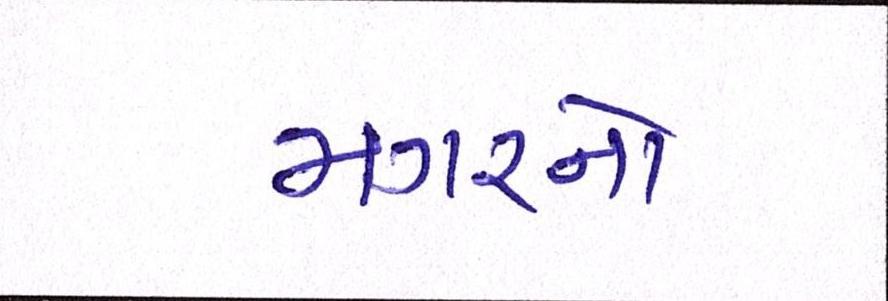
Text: મગરનો